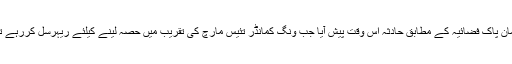
ترجمان پاک فضائیہ کے مطابق حادثہ اس وقت پیش آیا جب ونگ کمانڈر تئیس مارچ کی تقریب میں حصہ لینے کیلئے ریہرسل کررہے تھے۔